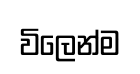
විලෙන්ම